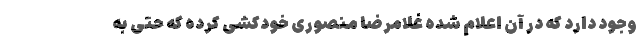
وجود دارد که در آن اعلام شده غلامرضا منصوری خودکشی کرده که حتی به